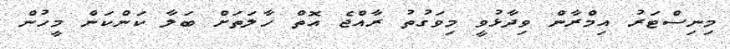
މިނިސްޓަރު އިމްރާން ވިދާޅުވީ މިވަގުތު ރާއްޖެ އޮތް ހާލަތަށް ބަލާ ކަންކަން މީހުން